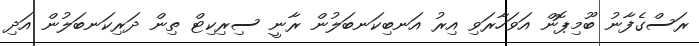
ރަސްގެފާނު ބޫމިޕޮން އަވަހާރަވި އިރު އަނބިކަނބަލުން ރާނީ ސިރިކިޓް ތިން ދަރިކަނބަލުން އަދި